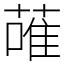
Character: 蓶